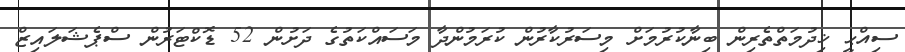
ސިއްޙީ ޚިދުމަތްތެރިން ބިނާކުރުމަށް މިސަރުކާރުން ކުރަމުންދާ މަސައްކަތުގެ ދަށުން 52 ޑޮކްޓަރުން ސްޕެޝަލައިޒް